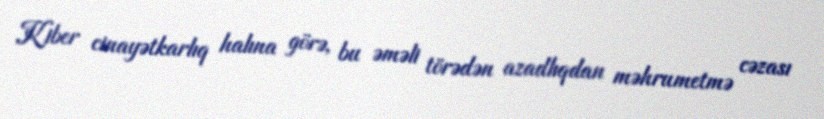
Kiber cinayətkarlıq halına görə, bu əməli törədən azadlıqdan məhrumetmə cəzası